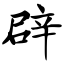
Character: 辟